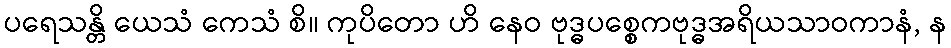
ပရေသန္တိ ယေသံ ကေသံ စိ။ ကုပိတော ဟိ နေဝ ဗုဒ္ဓပစ္စေကဗုဒ္ဓအရိယသာဝကာနံ, န